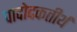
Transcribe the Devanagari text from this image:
पादोदकतीर्थ